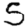
Digit: 5